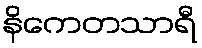
နိကေတသာရီ